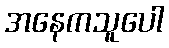
အနေကသူပေါ